Annual report on the Civil Veterinary Department, Burma (including the Insein Veterinary School) - 1923-1931
Year: 1923
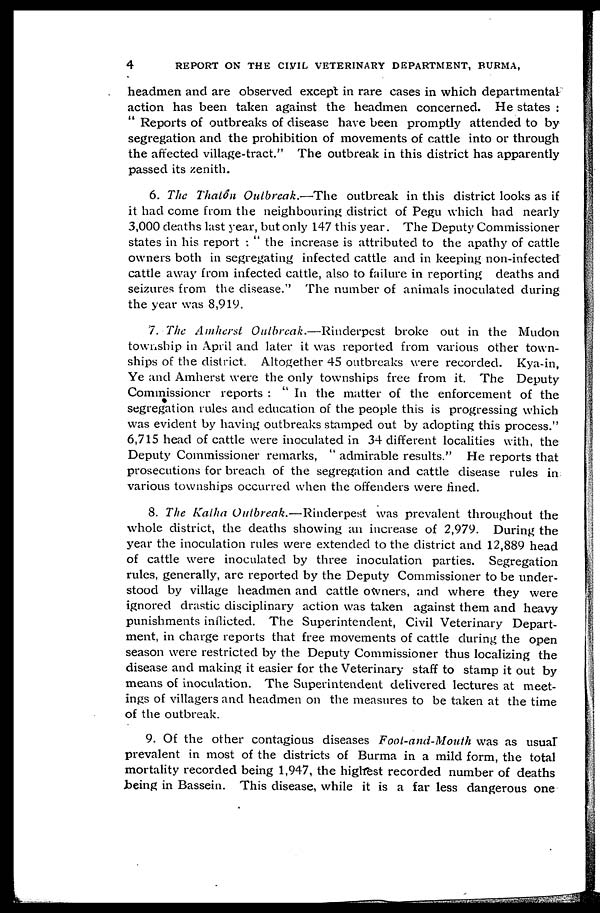
4
REPORT ON THE CIVIL VETERINARY DEPARTMENT, BURMA,
headmen and are observed except in rare cases in which departmental
action has been taken against the headmen concerned. He states :
" Reports of outbreaks of disease have been promptly attended to by
segregation and the prohibition of movements of cattle into or through
the affected village-tract." The outbreak in this district has apparently
passed its zenith.
6. The Thatôn Outbreak.—The outbreak in this district looks as if
it had come from the neighbouring district of Pegu which had nearly
3,000 deaths last year, but only 147 this year. The Deputy Commissioner
states in his report : " the increase is attributed to the apathy of cattle
owners both in segregating infected cattle and in keeping non-infected
cattle away from infected cattle, also to failure in reporting deaths and
seizures from the disease." The number of animals inoculated during
the year was 8,919.
7. The Amherst Outbreak.—Rinderpest broke out in the Mudon
township in April and later it was reported from various other town-
ships of the district. Altogether 45 outbreaks were recorded. Kya-in,
Ye and Amherst were the only townships free from it. The Deputy
Commissioner reports : " In the matter of the enforcement of the
segregation rules and education of the people this is progressing which
was evident by having outbreaks stamped out by adopting this process."
6,715 head of cattle were inoculated in 34 different localities with, the
Deputy Commissioner remarks, " admirable results." He reports that
prosecutions for breach of the segregation and cattle disease rules in
various townships occurred when the offenders were fined.
8. The Katha Outbreak.—Rinderpest was prevalent throughout the
whole district, the deaths showing an increase of 2,979. During the
year the inoculation rules were extended to the district and 12,889 head
of cattle were inoculated by three inoculation parties. Segregation
rules, generally, are reported by the Deputy Commissioner to be under-
stood by village headmen and cattle owners, and where they were
ignored drastic disciplinary action was taken against them and heavy
punishments inflicted. The Superintendent, Civil Veterinary Depart-
ment, in charge reports that free movements of cattle during the open
season were restricted by the Deputy Commissioner thus localizing the
disease and making it easier for the Veterinary staff to stamp it out by
means of inoculation. The Superintendent delivered lectures at meet-
ings of villagers and headmen on the measures to be taken at the time
of the outbreak.
9. Of the other contagious diseases Foot-and-Mouth was as usual
prevalent in most of the districts of Burma in a mild form, the total
mortality recorded being 1,947, the highest recorded number of deaths
being in Bassein. This disease, while it is a far less dangerous one